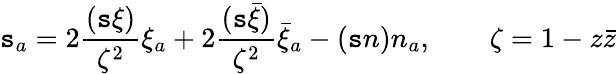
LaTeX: \mathtt{s}_{a}=2\frac{{(\mathtt{s}\xi)}}{{\zeta^{2}}}\xi_{a}+2\frac{{(\mathtt{s}\bar{{\xi}})}}{{\zeta^{2}}}\bar{{\xi}}_{a}-(\mathtt{s}n)n_{a},\qquad\zeta=1-z\bar{{z}}